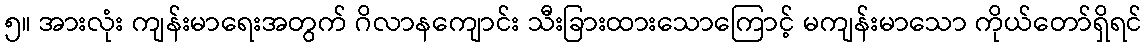
၅။ အားလုံး ကျန်းမာရေးအတွက် ဂိလာနကျောင်း သီးခြားထားသောကြောင့် မကျန်းမာသော ကိုယ်တော်ရှိရင်